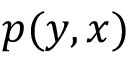
p ( y , x )